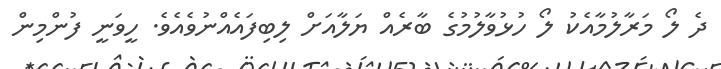
ދެ ލޯ މަރާލުމާއެކު ލޯ ހުޅުވާލުމުގެ ބާރެއް ޔަލާއަށް ލިބިފައެއްނުވެއެވެ. ހީވަނީ ފުންމިން